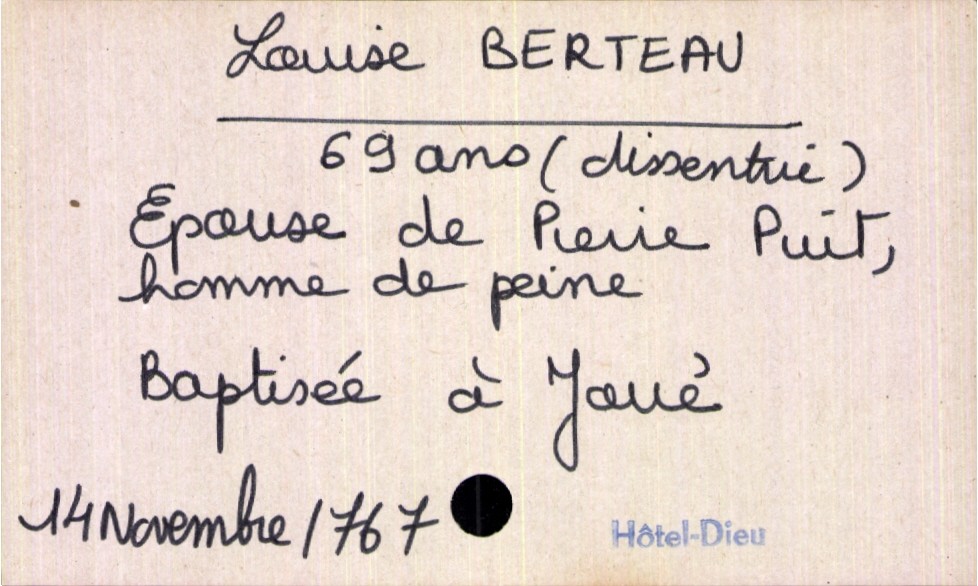
type_acte: Décès
année: 1767
mois: novembre
jour: 14
défunt_nom: Berteau
défunt_prénom: Louise
défunt_sexe: F
défunt_âge: 69 ans
défunt_lieu_de_naissance: Joué
défunt_statut: marié(e)